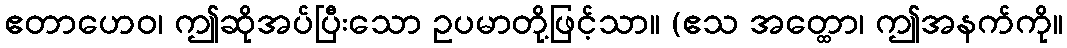
ဧတာဟေဝ၊ ဤဆိုအပ်ပြီးသော ဥပမာတို့ဖြင့်သာ။ (ဧသ အတ္ထော၊ ဤအနက်ကို။